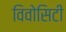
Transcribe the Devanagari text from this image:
विवोसिटी